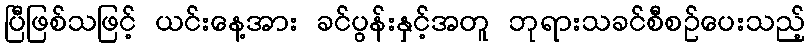
ပြီဖြစ်သဖြင့် ယင်းနေ့အား ခင်ပွန်းနှင့်အတူ ဘုရားသခင်စီစဉ်ပေးသည့်